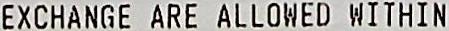
EXCHANGE ARE ALLOWED WITHIN